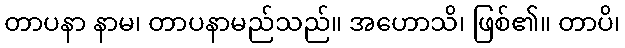
တာပနာ နာမ၊ တာပနာမည်သည်။ အဟောသိ၊ ဖြစ်၏။ တာပိ၊